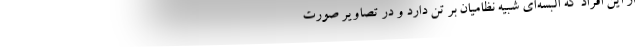
از این افراد که البسه‌ای شبیه نظامیان بر تن دارد و در تصاویر صورت